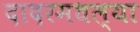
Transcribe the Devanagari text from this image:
दादरमधल्या